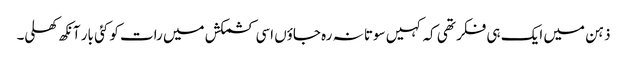
ذہن میں ایک ہی فکر تھی کہ کہیں سوتا نہ رہ جاؤں اسی کشمکش میں رات کو کئی بار آنکھ کھلی۔